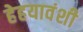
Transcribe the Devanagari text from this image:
हेहयावंशी